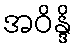
အဝိန္ဒိ